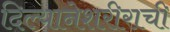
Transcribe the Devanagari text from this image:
दिल्यानेशरीराची